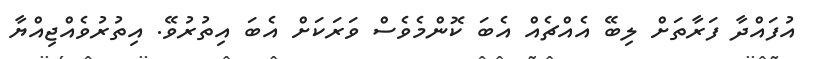
އުފައްދާ ފަރާތަށް ލިބޭ އެއްޗެއް އެބަ ކޮންމެވެސް ވަރަކަށް އެބަ އިތުރުވޭ. އިތުރުވެއްޖިއްޔާ